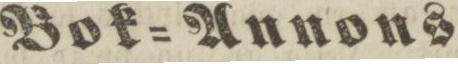
Bok=Annons.